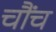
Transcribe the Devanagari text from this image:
चौंच